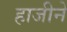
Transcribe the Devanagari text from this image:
हाजीने